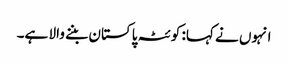
انہوں نے کہا: کوئٹہ پاکستان بننے والا ہے۔